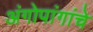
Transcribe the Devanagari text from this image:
अंगोपांगांचे